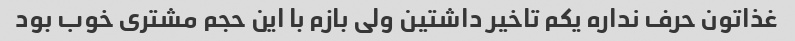
غذاتون حرف نداره یکم تاخیر داشتین ولی بازم با این حجم مشتری خوب بود